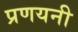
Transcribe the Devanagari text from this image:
प्रणयनी